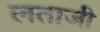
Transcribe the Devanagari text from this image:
लताजी